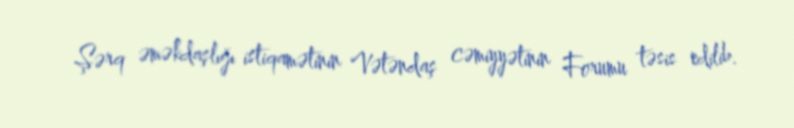
Şərq əməkdaşlığı istiqamətinin Vətəndaş cəmiyyətinin Forumu təsis edilib.